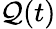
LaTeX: \mathcal{Q}(t)